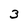
Character: 3